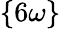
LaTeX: \{ 6\omega\}